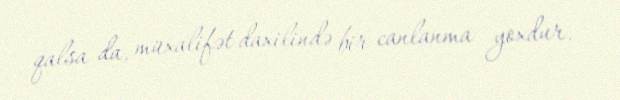
qalsa da, müxalifət daxilində bir canlanma yoxdur.